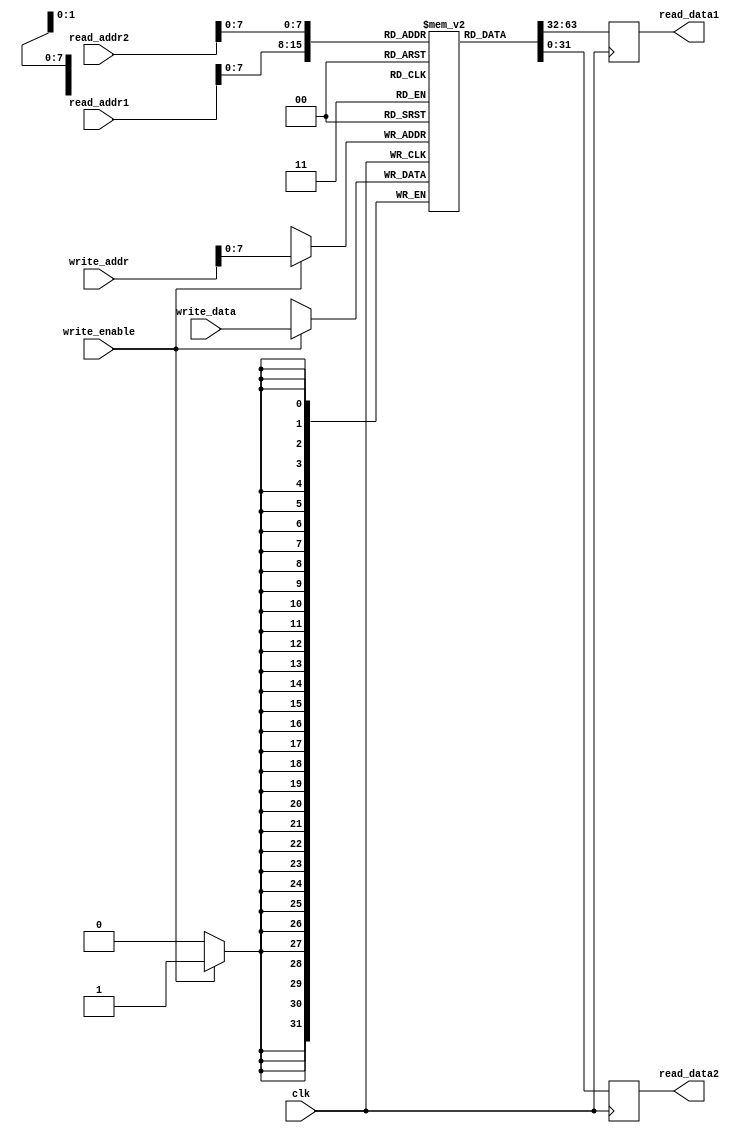
module register_file(
    input wire clk,
    input wire [31:0] read_addr1,
    input wire [31:0] read_addr2,
    input wire [31:0] write_addr,
    input wire [31:0] write_data,
    input wire write_enable,
    output reg [31:0] read_data1,
    output reg [31:0] read_data2
);

reg [31:0] memory [0:255];

always @(posedge clk) begin
    if(write_enable) begin
        memory[write_addr] <= write_data;
    end
    read_data1 <= memory[read_addr1];
    read_data2 <= memory[read_addr2];
end

endmodule